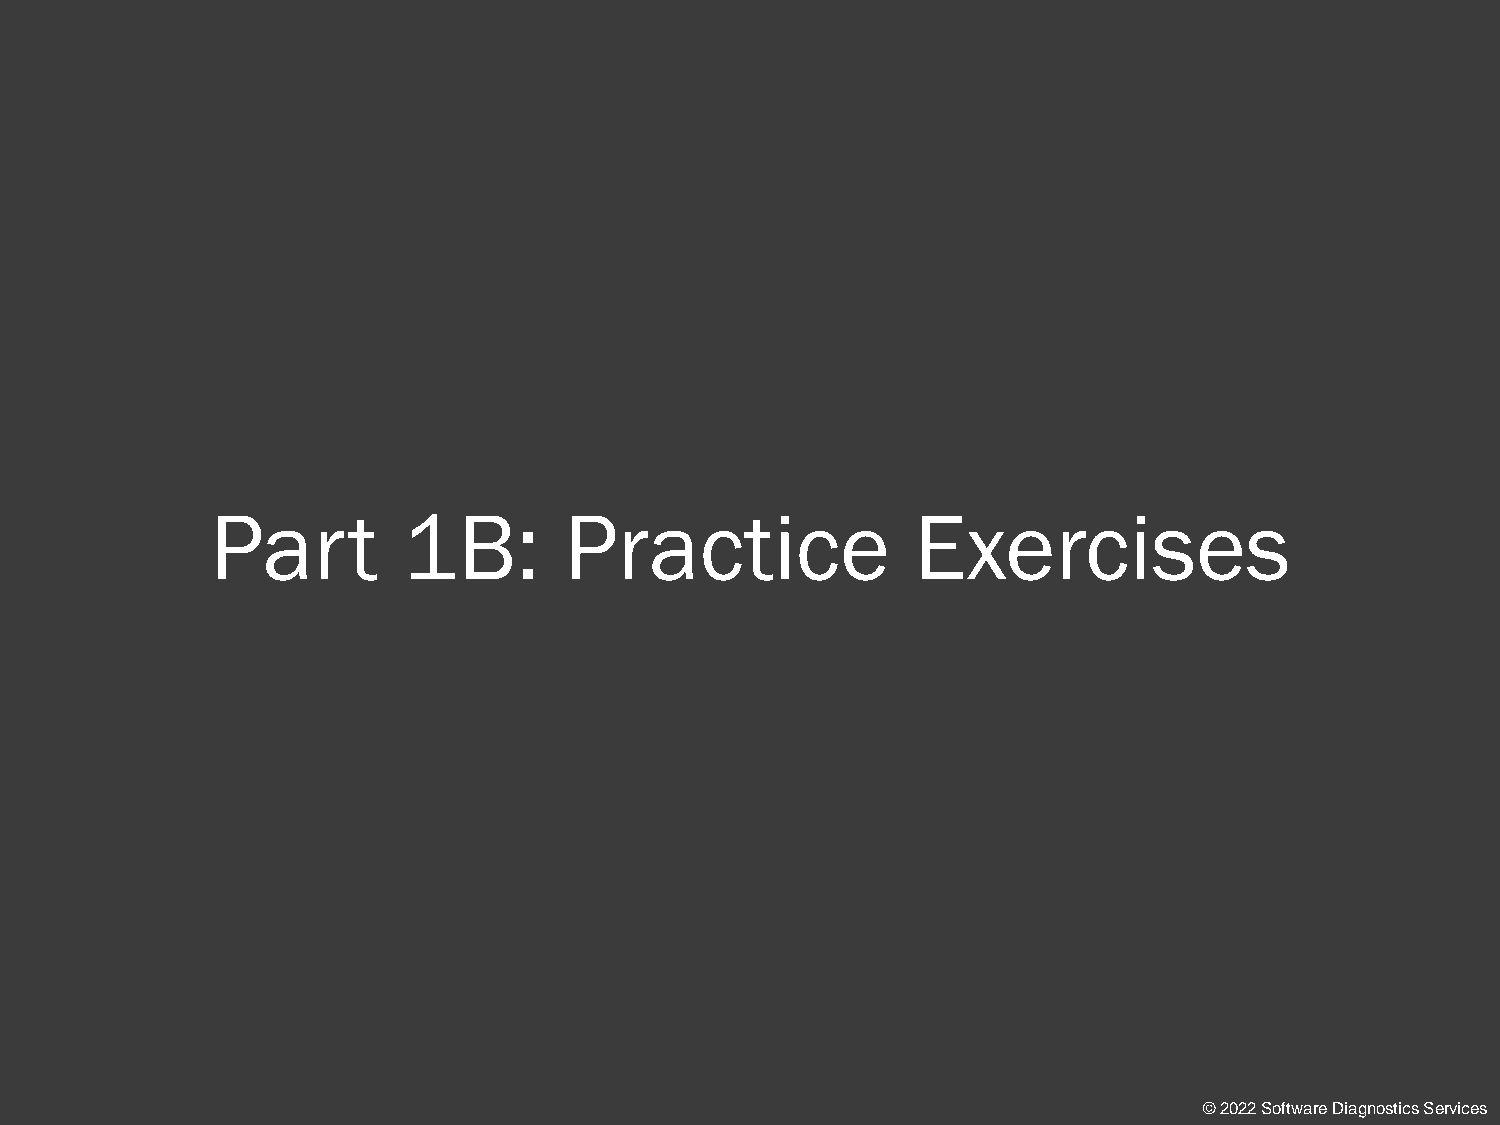
Part         1B:       Practice                Exercises
 © 2022 Software Diagnostics Services